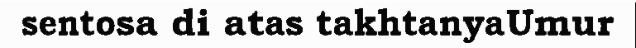
sentosa di atas takhtanyaUmur